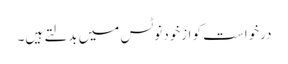
درخواست کو ازخود نوٹس میں بدلتے ہیں۔